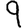
Digit: 9